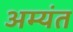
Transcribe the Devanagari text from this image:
अम्यंत